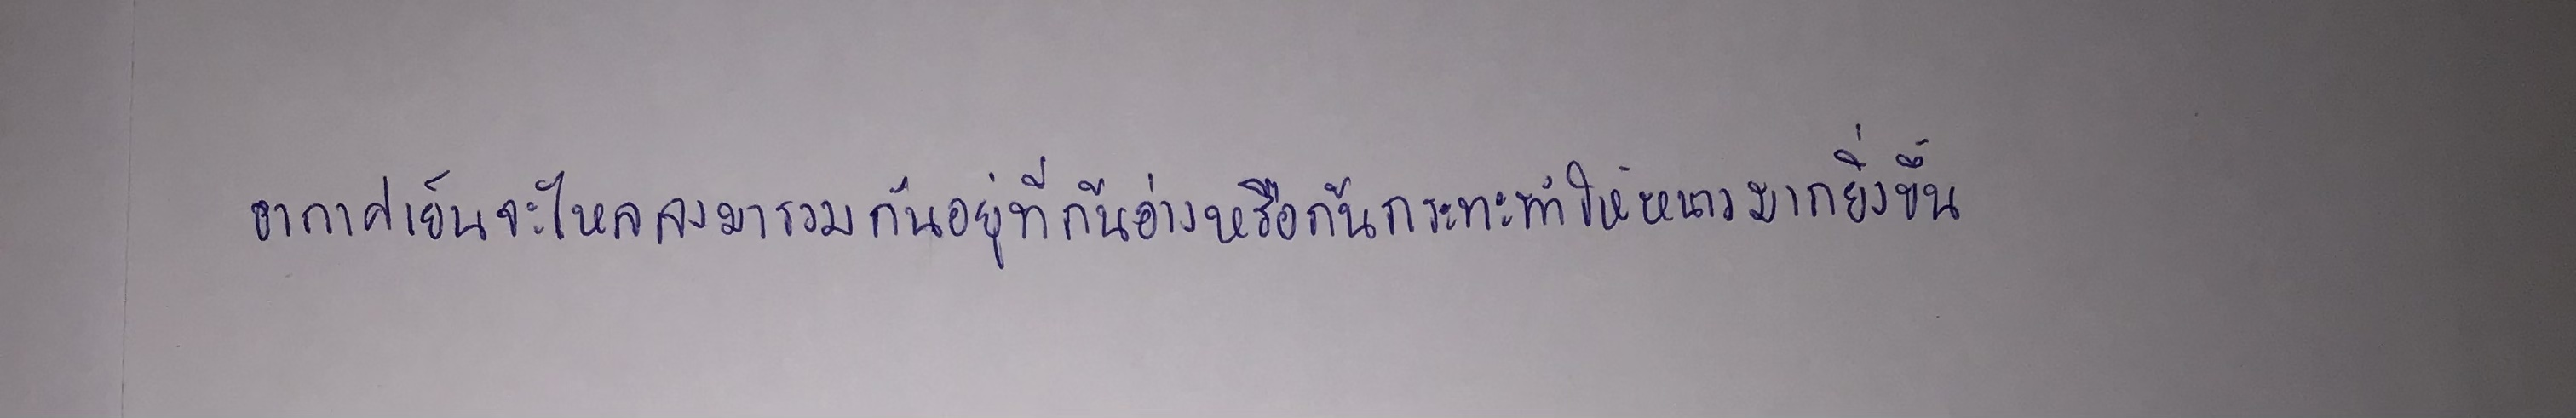
อากาศเย็นจะไหลลงมารวมกันอยู่ที่ก้นอ่างหรือก้นกระทะทำให้หนาวมากยิ่งขึ้น